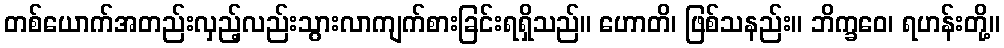
တစ်ယောက်အတည်းလှည့်လည်းသွားလာကျက်စားခြင်းရရှိသည်။ ဟောတိ၊ ဖြစ်သနည်း။ ဘိက္ခဝေ၊ ရဟန်းတို့။